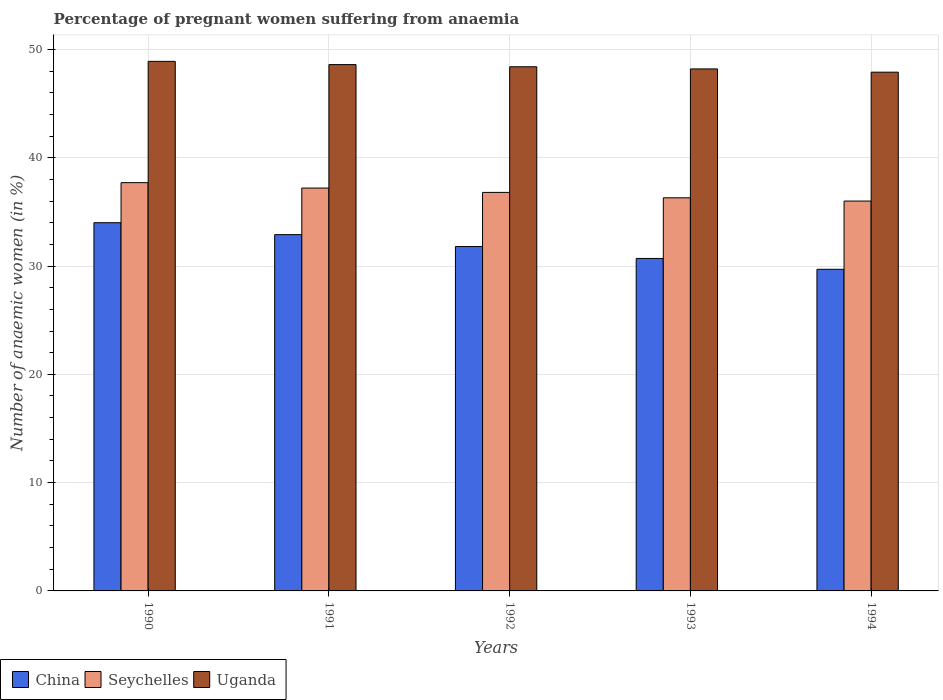
| Years | China | Seychelles | Uganda |
 | --- | --- | --- | --- |
 | 1990 | 34 | 37.7 | 48.9 |
 | 1991 | 32.9 | 37.2 | 48.6 |
 | 1992 | 31.8 | 36.8 | 48.4 |
 | 1993 | 30.7 | 36.3 | 48.2 |
 | 1994 | 29.7 | 36 | 47.9 |